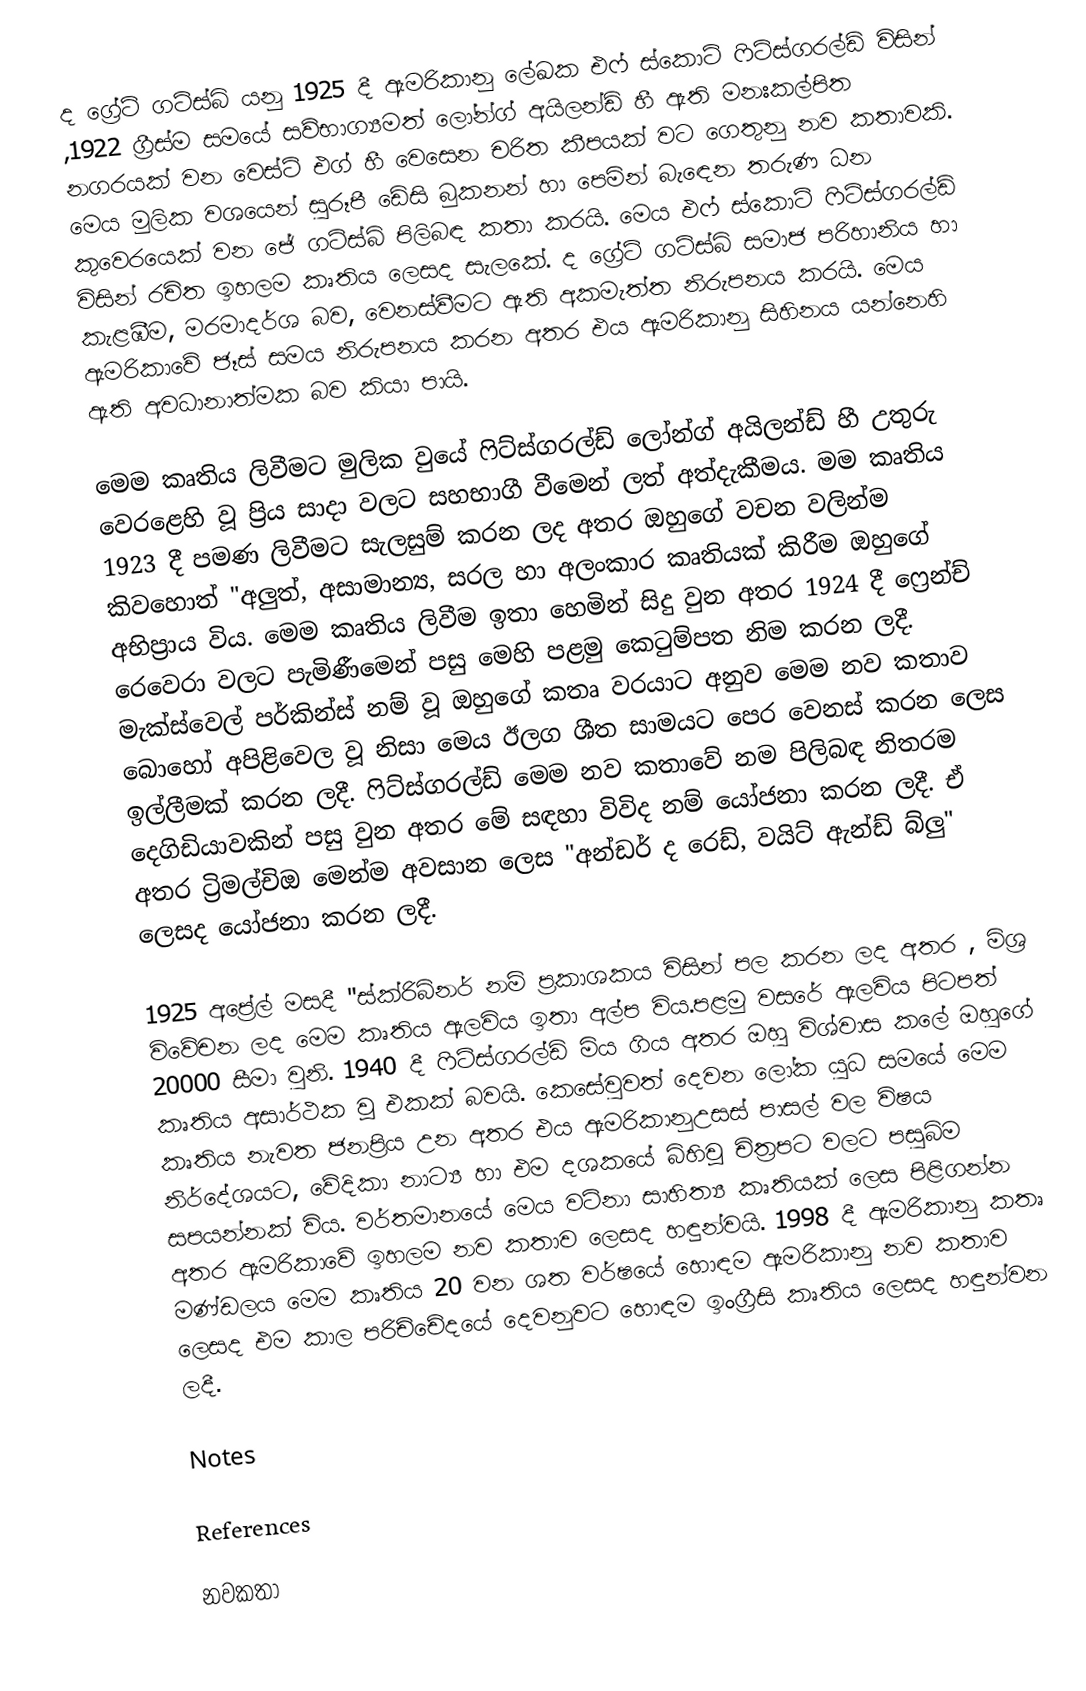
ද ග්‍රේට් ගට්ස්බි යනු 1925 දී ඇමරිකානු ලේඛක එෆ් ස්කොට් ෆිට්ස්ගරල්ඩ් විසින් ,1922 ග්‍රීස්ම සමයේ සව්භාග්‍යමත් ලෝන්ග් අයිලන්ඩ් හී ඇති මනඃකල්පිත නගරයක් වන වෙස්ට් එග් හී වෙසෙන චරිත කීපයක් වට ගෙතුනු නව කතාවකි. මෙය මුලික වශයෙන් සුරූපී ඩේසි බුකනන් හා පෙමින් බැඳෙන තරුණ ධන කුවෙරයෙක් වන ජේ ගට්ස්බි පිලිබඳ කතා කරයි. මෙය  එෆ් ස්කොට් ෆිට්ස්ගරල්ඩ් විසින් රචිත ඉහලම කෘතිය ලෙසද සැලකේ. ද ග්‍රේට් ගට්ස්බි සමාජ පරිහානිය හා කැළඹීම, මරමාදර්ශ බව, වෙනස්වීමට ඇති අකමැත්ත නිරුපනය කරයි. මෙය ඇමරිකාවේ ජෑස් සමය නිරුපනය කරන අතර එය ඇමරිකානු සිහිනය යන්නෙහි ඇති අවධානාත්මක බව කියා පායි. 

මෙම කෘතිය ලිවීමට මුලික වුයේ ෆිට්ස්ගරල්ඩ් ලෝන්ග් අයිලන්ඩ් හී උතුරු වෙරළෙහි වූ ප්‍රිය සාදා වලට සහභාගී වීමෙන් ලත් අත්දැකීමය. මම කෘතිය 1923 දී පමණ ලිවීමට සැලසුම් කරන ලද අතර ඔහුගේ වචන වලින්ම කිවහොත් "අලුත්, අසාමාන්‍ය, සරල හා අලංකාර කෘතියක් කිරීම ඔහුගේ අභිප්‍රාය විය. මෙම කෘතිය ලිවීම ඉතා හෙමින් සිදු වුන අතර 1924 දී ෆ්‍රෙන්ච් රෙවෙරා වලට පැමිණීමෙන් පසු මෙහි පළමු කෙටුම්පත නිම කරන ලදී. මැක්ස්වෙල් පර්කින්ස් නම් වූ ඔහුගේ කතෘ වරයාට අනුව මෙම නව කතාව බොහෝ අපිළිවෙල වූ නිසා මෙය ඊලග ශීත සාමයට පෙර වෙනස් කරන ලෙස  ඉල්ලීමක් කරන ලදී. ෆිට්ස්ගරල්ඩ් මෙම නව කතාවේ  නම පිලිබඳ නිතරම දෙගිඩියාවකින් පසු වුන අතර මේ සඳහා විවිද නම් යෝජනා කරන ලදී. ඒ අතර ට්‍රිමල්චිඔ මෙන්ම අවසාන ලෙස "අන්ඩර් ද රෙඩ්, වයිට් ඇන්ඩ් බ්ලු" ලෙසද යෝජනා කරන ලදී. 

1925 අප්‍රේල් මසදී "ස්ක්රිබ්නර් නම් ප්‍රකාශකය විසින් පල කරන ලද අතර ,  මිශ්‍ර විවේචන ලද මෙම කෘතිය ඇලවිය ඉතා අල්ප විය.පළමු වසරේ ඇලවිය පිටපත් 20000 සීමා වුනි. 1940 දී  ෆිට්ස්ගරල්ඩ් මිය ගිය අතර ඔහු විශ්වාස කලේ ඔහුගේ කෘතිය අසාර්ථක වූ එකක් බවයි. කෙසේවුවත් දෙවන ලෝක යුධ සමයේ මෙම කෘතිය නැවත ජනප්‍රිය උන අතර එය ඇමරිකානුඋසස් පාසල් වල විෂය නිර්දේශයට, වේදිකා නාට්‍ය හා එම දශකයේ බිහිවූ චිත්‍රපට වලට පසුබිම සපයන්නක් විය. වර්තමානයේ මෙය වටිනා සාහිත්‍ය කෘතියක් ලෙස පිළිගන්න අතර ඇමරිකාවේ ඉහලම නව කතාව ලෙසද හඳුන්වයි. 1998 දී ඇමරිකානු කතෘ මණ්ඩලය මෙම කෘතිය 20 වන ශත වර්ෂයේ හොඳම ඇමරිකානු නව කතාව ලෙසද එම කාල පරිච්චේදයේ දෙවනුවට හොඳම ඉංග්‍රීසි කෘතිය ලෙසද හඳුන්වන ලදී.

Notes

References

නවකතා